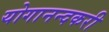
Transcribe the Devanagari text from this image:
योगानन्दकरी